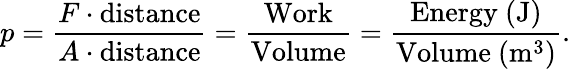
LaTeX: p={\frac{F\cdot{\mathrm{distance}}}{A\cdot{\mathrm{distance}}}}={\frac{\mathrm{Work}}{\mathrm{Volume}}}={\frac{\mathrm{Energy~(J)}}{{\mathrm{Volume~}}({\mathrm{m}}^{3})}}.